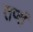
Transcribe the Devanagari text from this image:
तप्तं